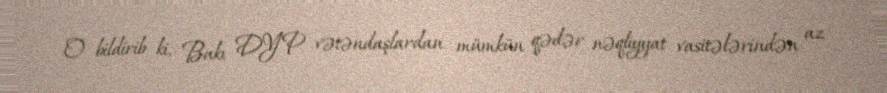
O bildirib ki, Bakı DYP vətəndaşlardan mümkün qədər nəqliyyat vasitələrindən az